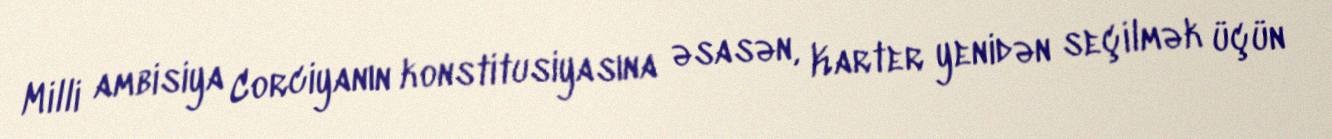
Milli ambisiya Corciyanın konstitusiyasına əsasən, Karter yenidən seçilmək üçün